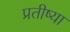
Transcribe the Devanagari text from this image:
प्रतीष्या